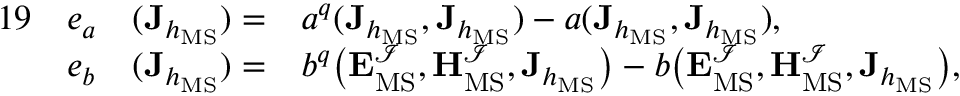
\begin{array} { r l r l } { { 1 9 } } & { e _ { a } } & { ( \mathbf { J } _ { h _ { \mathrm { M S } } } ) = } & { a ^ { q } ( \mathbf { J } _ { h _ { \mathrm { M S } } } , \mathbf { J } _ { h _ { \mathrm { M S } } } ) - a ( \mathbf { J } _ { h _ { \mathrm { M S } } } , \mathbf { J } _ { h _ { \mathrm { M S } } } ) , } \\ & { e _ { b } } & { ( \mathbf { J } _ { h _ { \mathrm { M S } } } ) = } & { b ^ { q } \big ( \mathbf { E } _ { \mathrm { M S } } ^ { \mathcal { I } } , \mathbf { H } _ { \mathrm { M S } } ^ { \mathcal { I } } , \mathbf { J } _ { h _ { \mathrm { M S } } } \big ) - b \big ( \mathbf { E } _ { \mathrm { M S } } ^ { \mathcal { I } } , \mathbf { H } _ { \mathrm { M S } } ^ { \mathcal { I } } , \mathbf { J } _ { h _ { \mathrm { M S } } } \big ) , } \end{array}